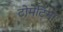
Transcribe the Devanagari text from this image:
टोमेटिना